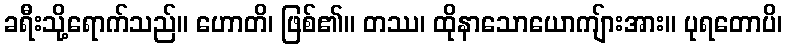
ခရီးသို့ရောက်သည်။ ဟောတိ၊ ဖြစ်၏။ တဿ၊ ထိုနာသောယောကျ်ားအား။ ပုရတောပိ၊